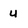
Character: u